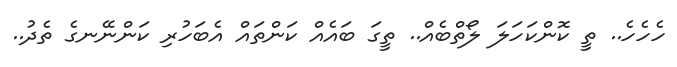
ހެހެހެ.. ތީ ކޮންކަހަލަ ލޯތްބެއް.. ތީގަ ބައެއް ކަންތައް އެބަހުރި ކަންނޭނގެ ތެދު..